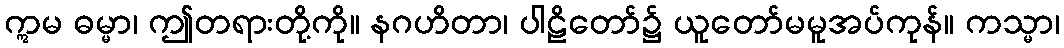
ဣမ ဓမ္မာ၊ ဤတရားတို့ကို။ နဂဟိတာ၊ ပါဠိတော်၌ ယူတော်မမူအပ်ကုန်။ ကသ္မာ၊